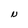
Character: N